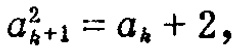
\(a_{k + 1}^{2}=a_{k}+2\)